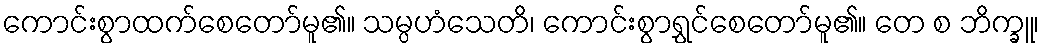
ကောင်းစွာထက်စေတော်မူ၏။ သမ္ပဟံသေတိ၊ ကောင်းစွာရွှင်စေတော်မူ၏။ တေ စ ဘိက္ခူ၊